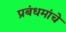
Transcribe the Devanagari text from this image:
प्रबंधमांचे